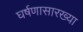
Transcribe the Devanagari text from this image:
घर्षणासारख्या